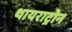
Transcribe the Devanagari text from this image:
थायराट्रोन